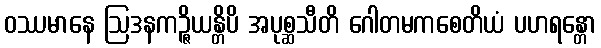
ဝဿမာနေ ဩဒနကဉ္ဇိယန္တိပိ အပုစ္ဆသီတိ ဂေါတမကစေတိယံ ပဟရန္တော